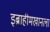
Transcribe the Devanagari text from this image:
इब्राहीमखानला